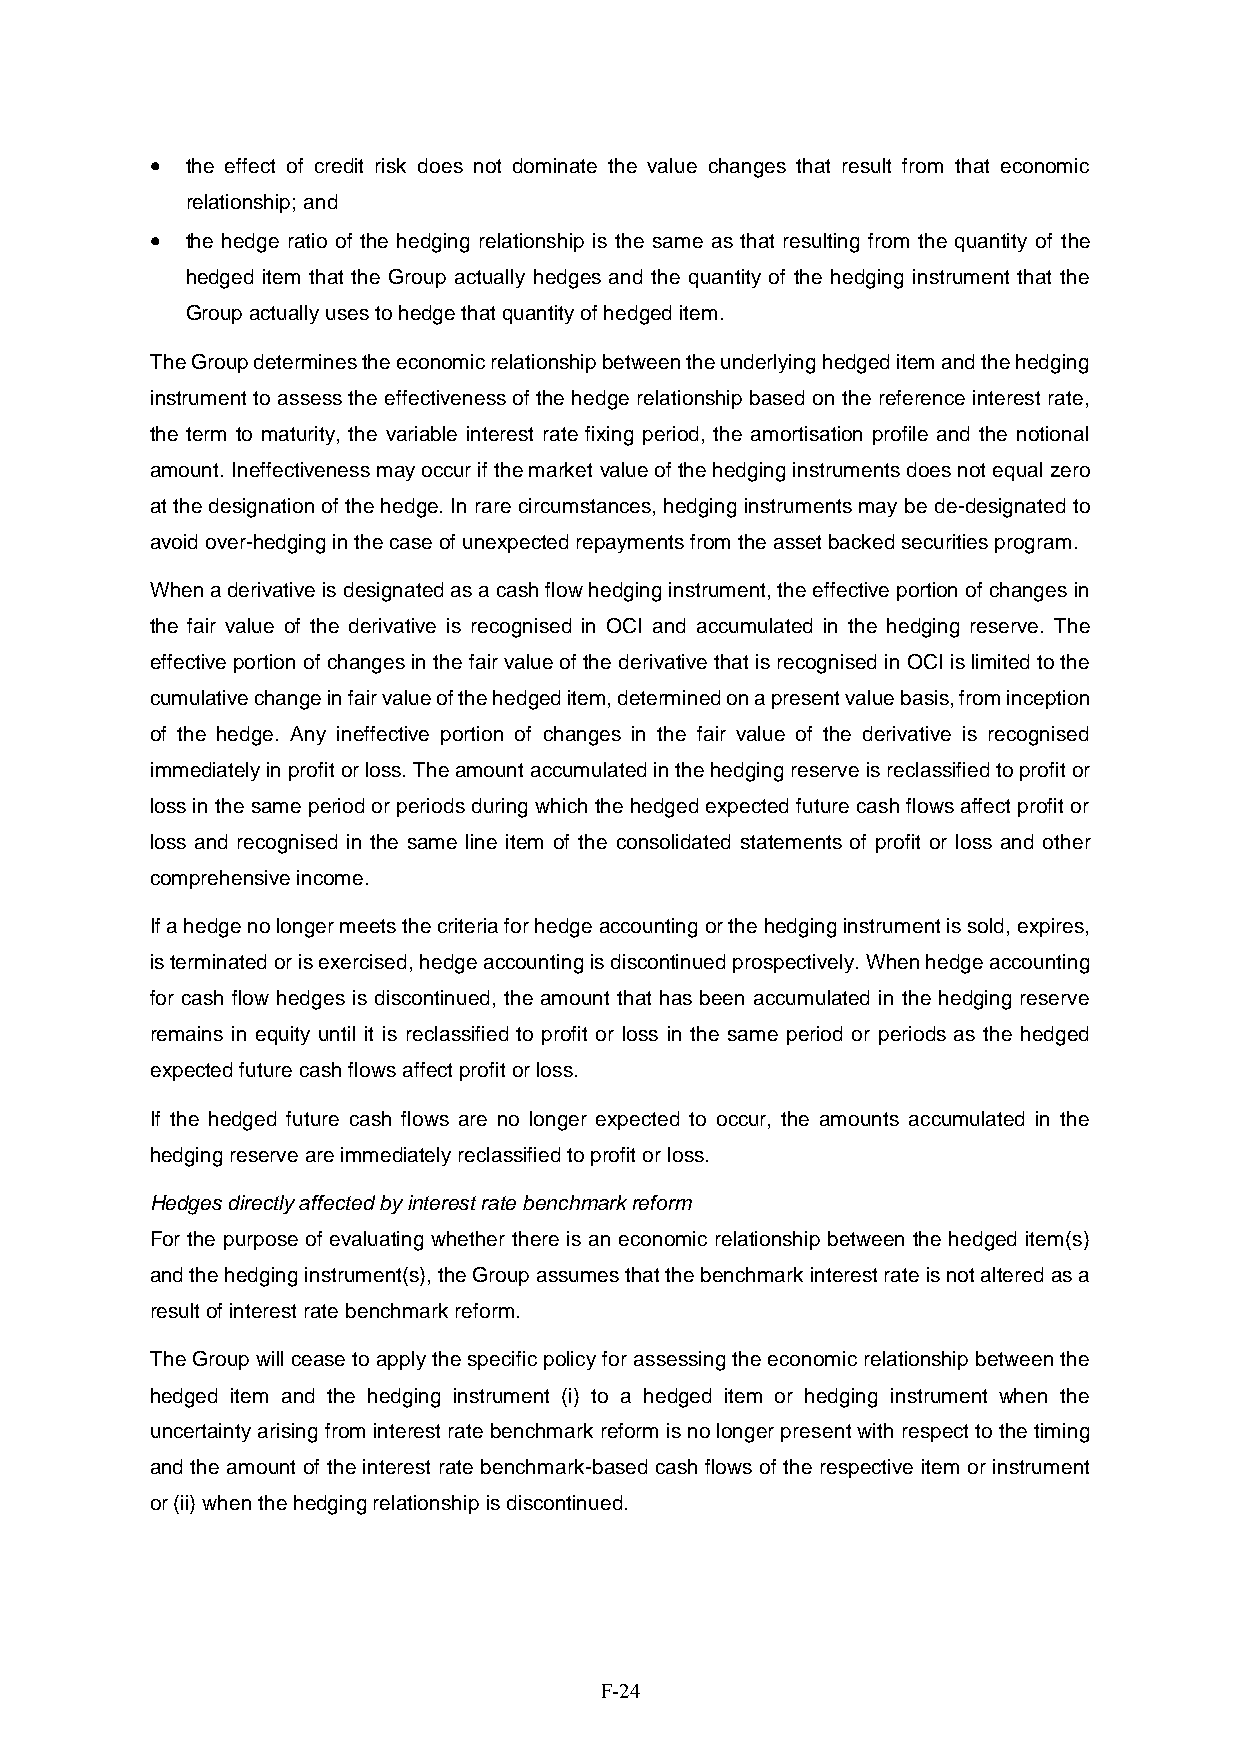
 the effect of credit risk does not dominate the value changes that result from that economic
 relationship; and
  the hedge ratio of the hedging relationship is the same as that resulting from the quantity of the
 hedged item that the Group actually hedges and the quantity of the hedging instrument that the
 Group actually uses to hedge that quantity of hedged item.
 The Group determines the economic relationship between the underlying hedged item and the hedging
 instrument to assess the effectiveness of the hedge relationship based on the reference interest rate,
 the term to maturity, the variable interest rate fixing period, the amortisation profile and the notional
 amount. Ineffectiveness may occur if the market value of the hedging instruments does not equal zero
 at the designation of the hedge. In rare circumstances, hedging instruments may be de-designated to
 avoid over-hedging in the case of unexpected repayments from the asset backed securities program.
 When a derivative is designated as a cash flow hedging instrument, the effective portion of changes in
 the fair value of the derivative is recognised in OCI and accumulated in the hedging reserve. The
 effective portion of changes in the fair value of the derivative that is recognised in OCI is limited to the
 cumulative change in fair value of the hedged item, determined on a present value basis, from inception
 of the hedge. Any ineffective portion of changes in the fair value of the derivative is recognised
 immediately in profit or loss. The amount accumulated in the hedging reserve is reclassified to profit or
 loss in the same period or periods during which the hedged expected future cash flows affect profit or
 loss and recognised in the same line item of the consolidated statements of profit or loss and other
 comprehensive income.
 If a hedge no longer meets the criteria for hedge accounting or the hedging instrument is sold, expires,
 is terminated or is exercised, hedge accounting is discontinued prospectively. When hedge accounting
 for cash flow hedges is discontinued, the amount that has been accumulated in the hedging reserve
 remains in equity until it is reclassified to profit or loss in the same period or periods as the hedged
 expected future cash flows affect profit or loss.
 If the hedged future cash flows are no longer expected to occur, the amounts accumulated in the
 hedging reserve are immediately reclassified to profit or loss.
 Hedges directly affected by interest rate benchmark reform
 For the purpose of evaluating whether there is an economic relationship between the hedged item(s)
 and the hedging instrument(s), the Group assumes that the benchmark interest rate is not altered as a
 result of interest rate benchmark reform.
 The Group will cease to apply the specific policy for assessing the economic relationship between the
 hedged item and the hedging instrument (i) to a hedged item or hedging instrument when the
 uncertainty arising from interest rate benchmark reform is no longer present with respect to the timing
 and the amount of the interest rate benchmark-based cash flows of the respective item or instrument
 or (ii) when the hedging relationship is discontinued.
 F-24